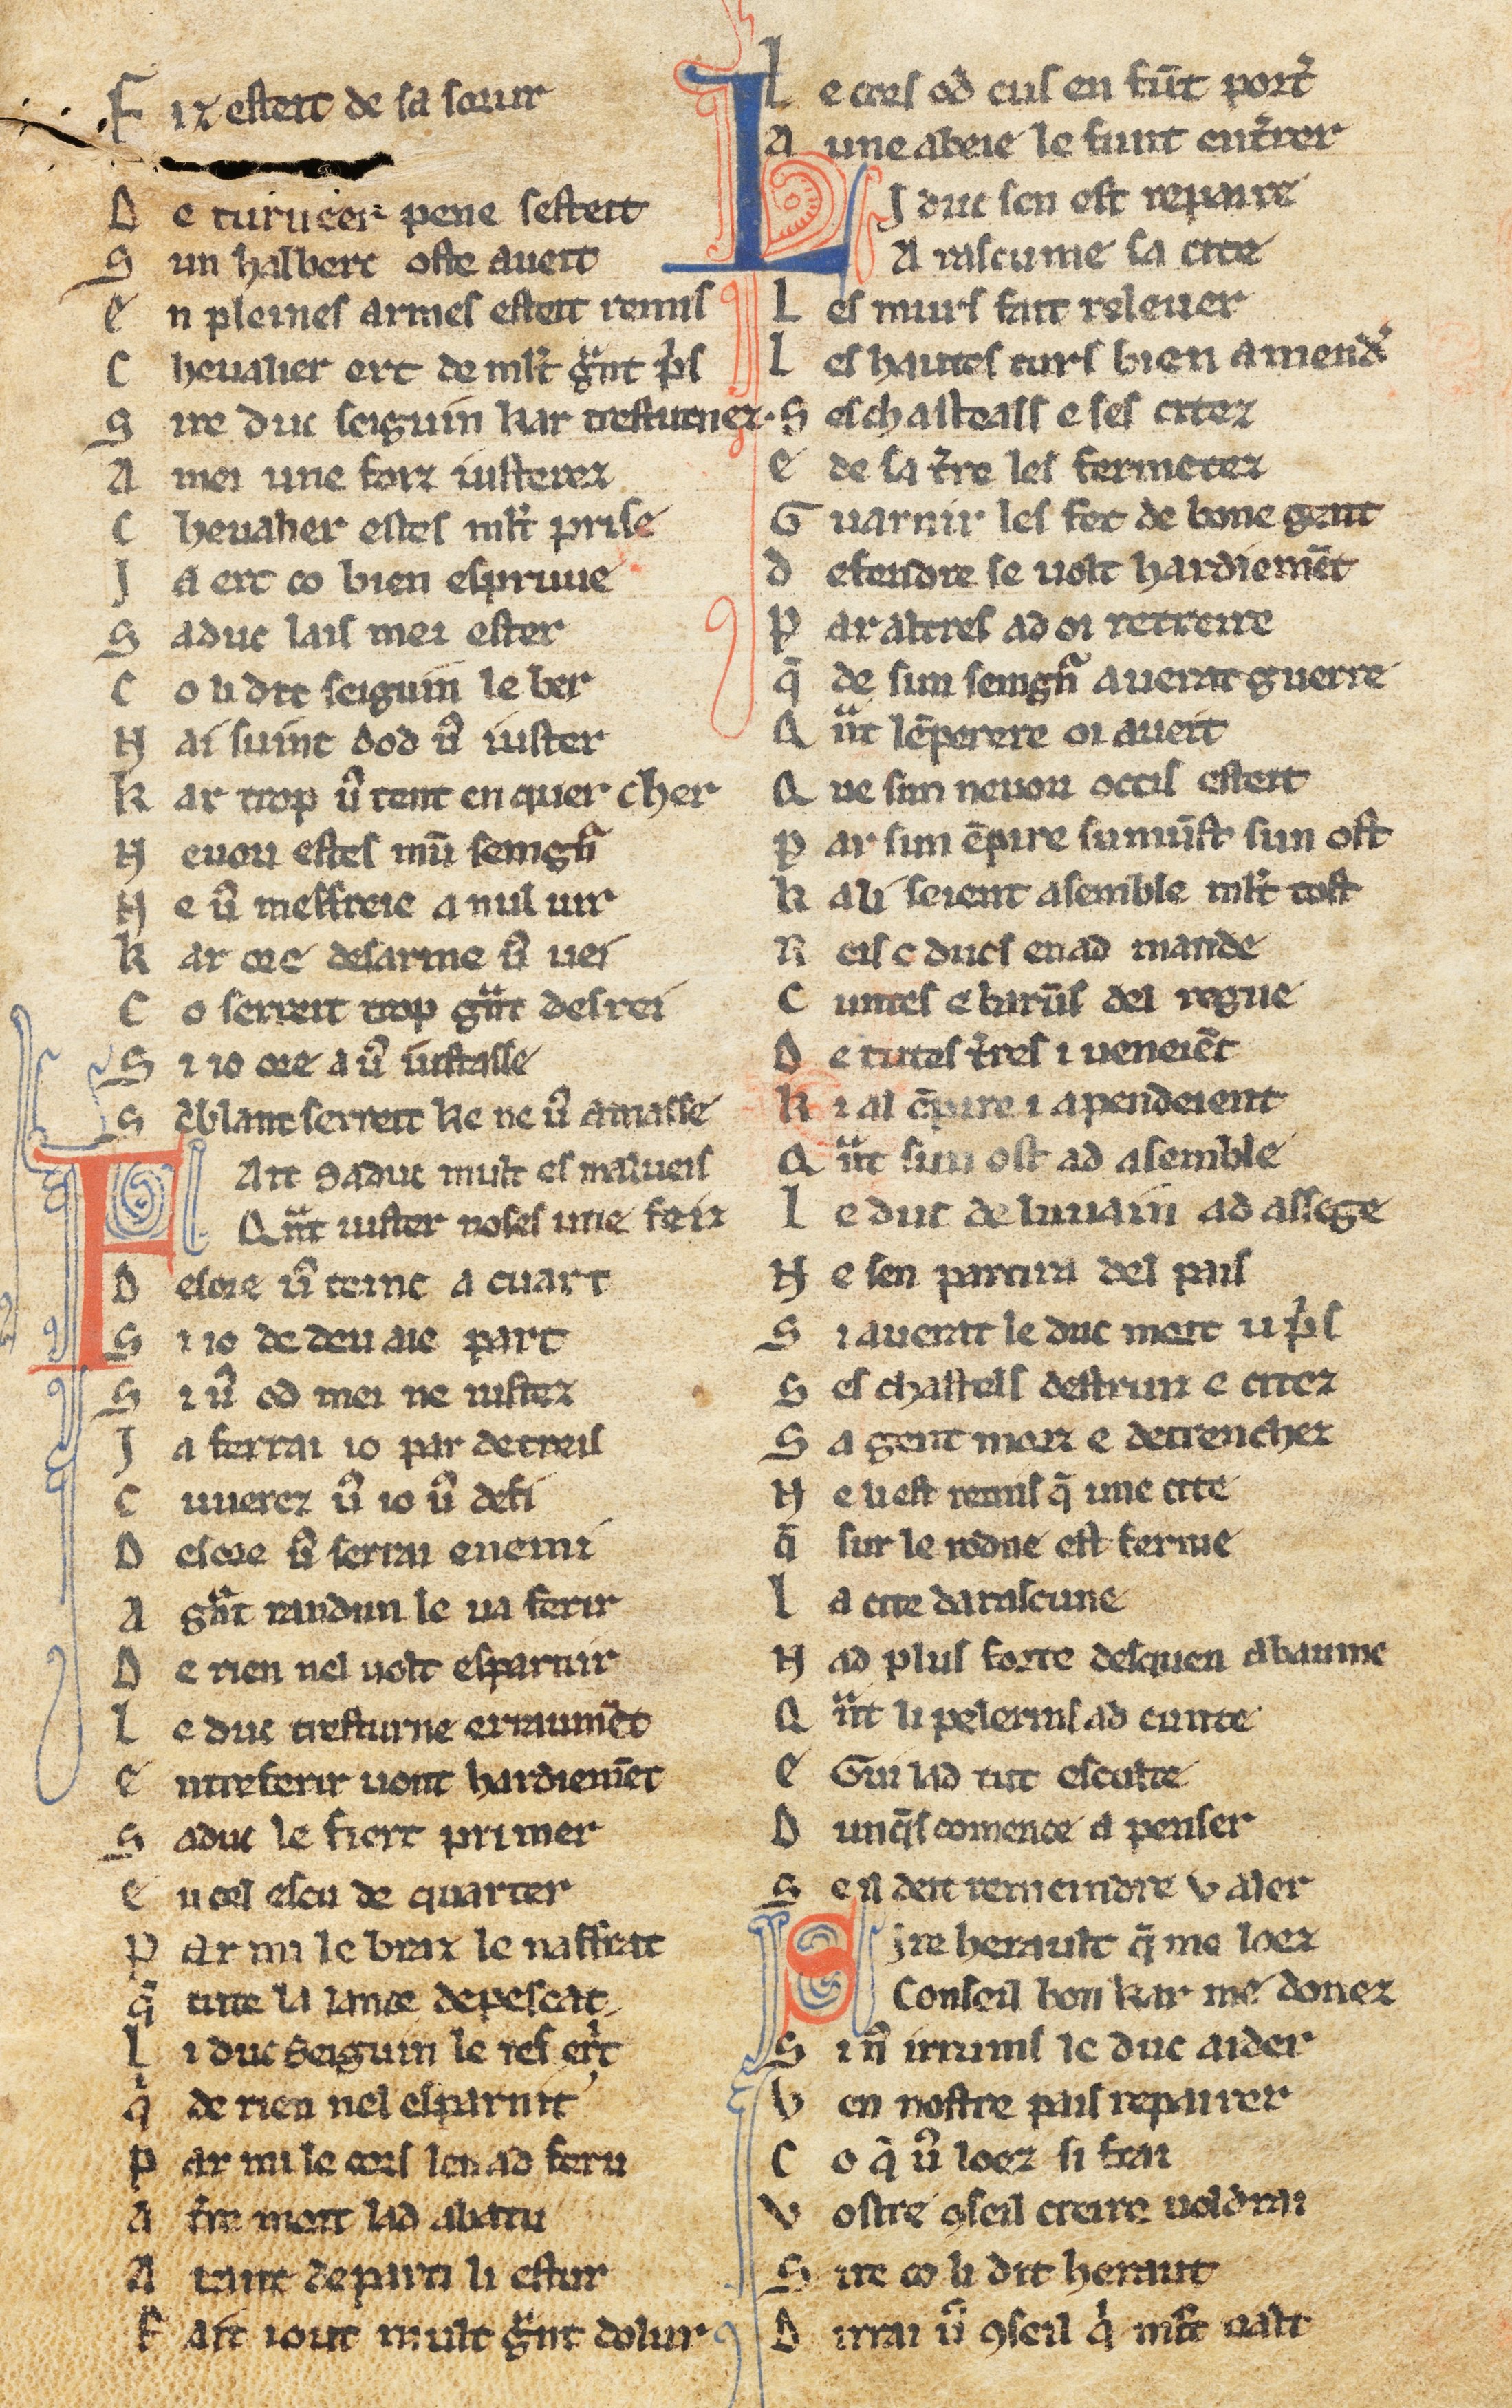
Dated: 1270–1330